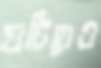
গুটিয়েও